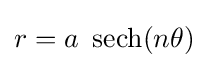
r=a\ \operatorname {sech} (n\theta )